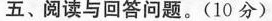
五、阅读与回答问题。(10 分)